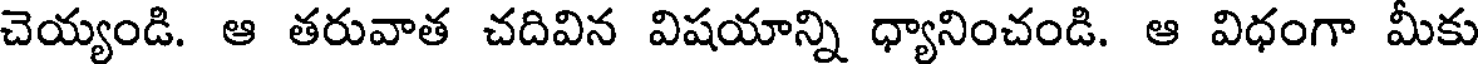
చెయ్యండి. ఆ తరువాత చదివిన విషయాన్ని ధ్యానించండి. ఆ విధంగా మీకు